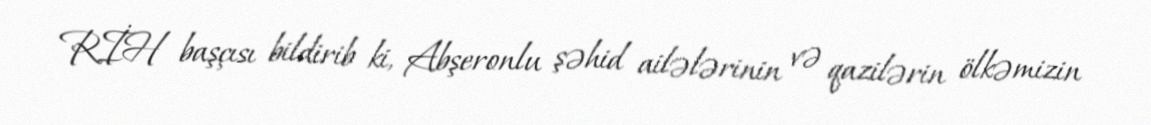
RİH başçısı bildirib ki, Abşeronlu şəhid ailələrinin və qazilərin ölkəmizin